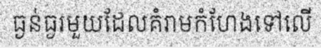
ធ្ងន់ធ្ងរមួយដែលគំរាមកំហែងទៅលើ